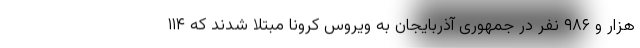
هزار و ۹۸۶ نفر در جمهوری آذربایجان به ویروس کرونا مبتلا شدند که ۱۱۴